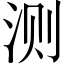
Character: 测